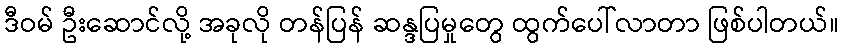
ဒီဝမ် ဦးဆောင်လို့ အခုလို တန်ပြန် ဆန္ဒပြမှုတွေ ထွက်ပေါ်လာတာ ဖြစ်ပါတယ်။